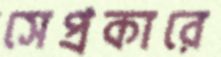
সেপ্রকারে